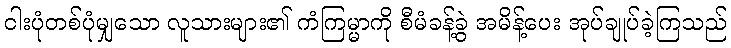
ငါးပုံတစ်ပုံမျှသော လူသားများ၏ ကံကြမ္မာကို စီမံခန့်ခွဲ အမိန့်ပေး အုပ်ချုပ်ခဲ့ကြသည်